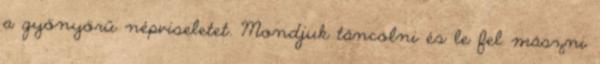
a gyönyörű népviseletet. Mondjuk táncolni és le fel mászni